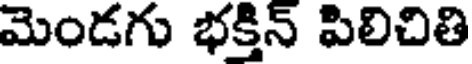
మెండగు భక్తిన్ పిలిచితి